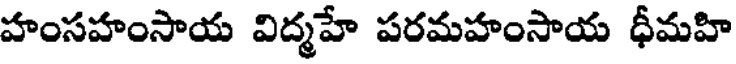
హంసహంసాయ విద్మహే పరమహంసాయ ధీమహి